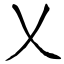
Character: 乂